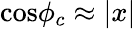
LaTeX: \mathrm{cos}\phi_{c}\approx|x|